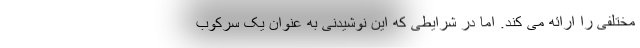
مختلفی را ارائه می کند. اما در شرایطی که این نوشیدنی به عنوان یک سرکوب